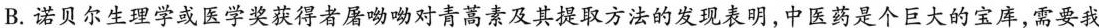
B.诺贝尔生理学或医学奖获得者屠呦呦对青蒿素及其提取方法的发现表明，中医药是个巨大的宝库，需要我